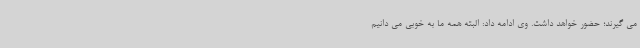
می گیرند؛ حضور خواهد داشت. وی ادامه داد: البته همه ما به خوبی می دانیم